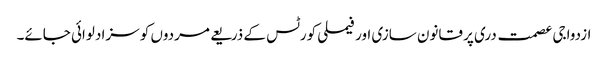
ازدواجی عصمت دری پر قانون سازی اور فیملی کورٹس کے ذریعے مردوں کو سزا دلوائی جائے۔